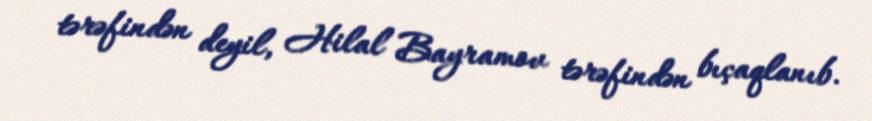
tərəfindən deyil, Hilal Bayramov tərəfindən bıçaqlanıb.